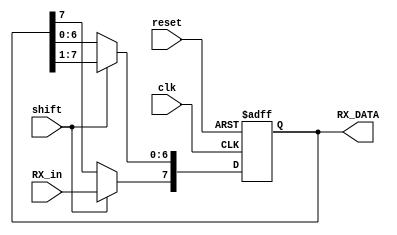
`timescale 1ns / 1ps
//////////////////////////////////////////////////////////////////////////////////
// Company: 
// Engineer: 
// 
// Design Name: 
// Module Name:    sipo 
// Project Name: 
// Target Devices: 
// Tool versions: 
// Description: 
//
// Dependencies: 
//
// Revision: 
// Revision 0.01 - File Created
// Additional Comments: 
//
//////////////////////////////////////////////////////////////////////////////////
module sipo(RX_DATA,RX_in,shift,clk, reset);
output [7:0]RX_DATA;
input clk, reset,shift, RX_in;
reg [7:0]temp;
always@(posedge clk, negedge reset)
begin
if(reset==0)
begin
temp=0;
end
else if(shift)
begin
temp=temp>>1;
temp[7]=RX_in;
end
else
temp=temp;
end
assign RX_DATA=temp;
endmodule